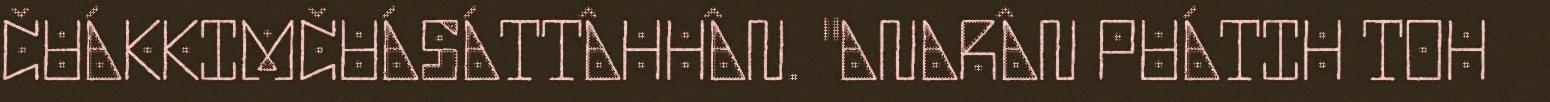
ČUÁKKIMČUÁSÁTTÂHHÂN. "ANARÂN PUÁTIH TOH